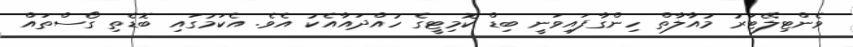
ވެންޓިލޭޓަރު މުއާލާތް ހިންގާފައިވަނީ ބިޑް ކޮމިޓީގެ ހުއްދައާއެކު އެވެ. އެކަމުގައި ބޮޑެތި ގޯސްތައް